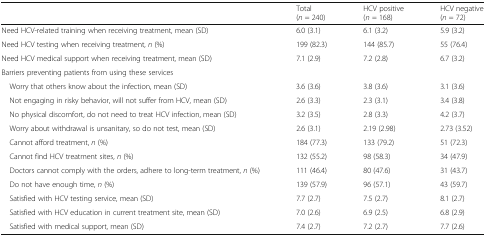
|  | Total(n = 240) | HCV positive(n = 168) | HCV negative(n = 72) |
 | --- | --- | --- | --- |
 | Need HCV-related training when receiving treatment, mean (SD) | 6.0 (3.1) | 6.1 (3.2) | 5.9 (3.2) |
 | Need HCV testing when receiving treatment, n (%) | 199 (82.3) | 144 (85.7) | 55 (76.4) |
 | Need HCV medical support when receiving treatment, mean (SD) | 7.1 (2.9) | 7.2 (2.8) | 6.7 (3.2) |
 | <COLSPAN=4> Barriers preventing patients from using these services |
 | Worry that others know about the infection, mean (SD) | 3.6 (3.6) | 3.8 (3.6) | 3.1 (3.6) |
 | Not engaging in risky behavior, will not suffer from HCV, mean (SD) | 2.6 (3.3) | 2.3 (3.1) | 3.4 (3.8) |
 | No physical discomfort, do not need to treat HCV infection, mean (SD) | 3.2 (3.5) | 2.8 (3.3) | 4.2 (3.7) |
 | Worry about withdrawal is unsanitary, so do not test, mean (SD) | 2.6 (3.1) | 2.19 (2.98) | 2.73 (3.52) |
 | Cannot afford treatment, n (%) | 184 (77.3) | 133 (79.2) | 51 (72.3) |
 | Cannot find HCV treatment sites, n (%) | 132 (55.2) | 98 (58.3) | 34 (47.9) |
 | Doctors cannot comply with the orders, adhere to long-term treatment, n (%) | 111 (46.4) | 80 (47.6) | 31 (43.7) |
 | Do not have enough time, n (%) | 139 (57.9) | 96 (57.1) | 43 (59.7) |
 | Satisfied with HCV testing service, mean (SD) | 7.7 (2.7) | 7.5 (2.7) | 8.1 (2.7) |
 | Satisfied with HCV education in current treatment site, mean (SD) | 7.0 (2.6) | 6.9 (2.5) | 6.8 (2.9) |
 | Satisfied with medical support, mean (SD) | 7.4 (2.7) | 7.2 (2.7) | 7.7 (2.6) |